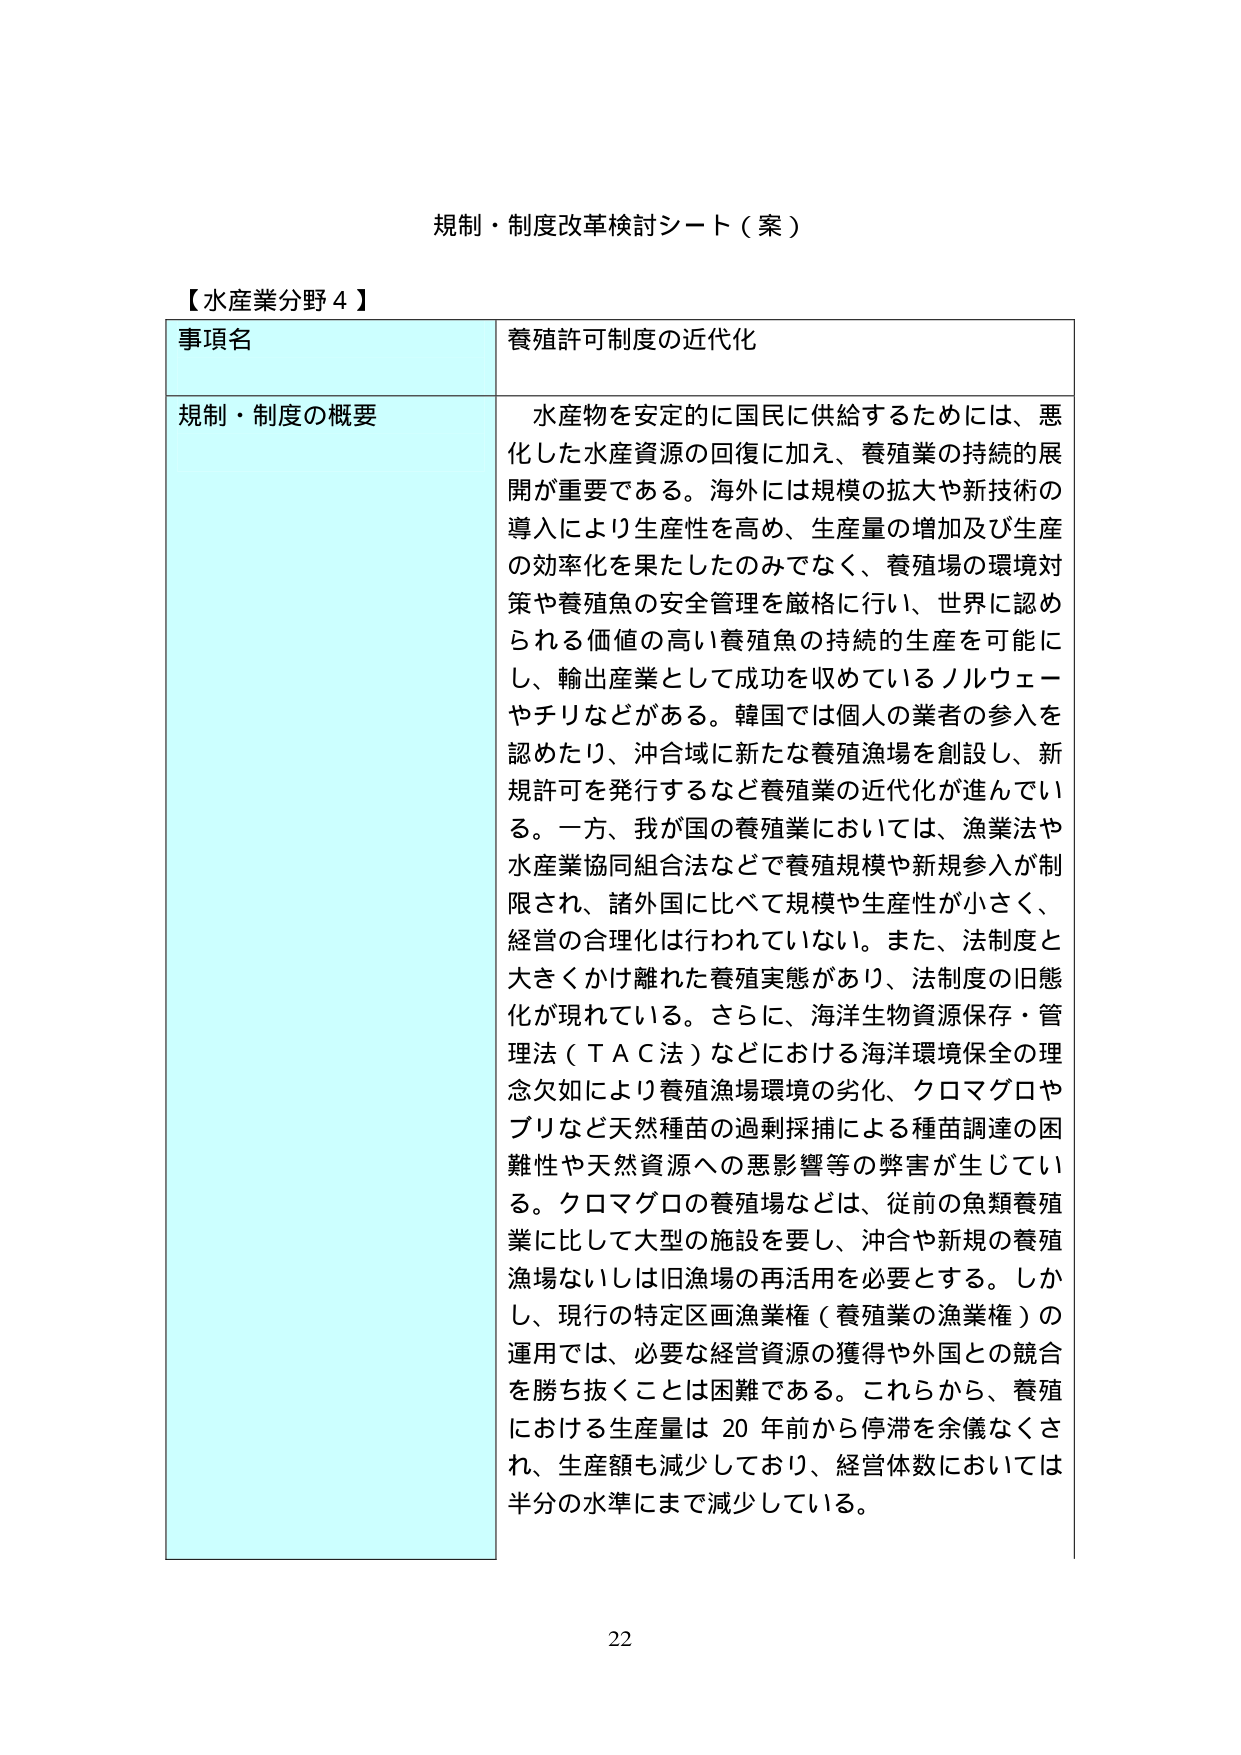
規制・制度改革検討シート（案）

【水産業分野４】

事項名 養殖許可制度の近代化

規制・制度の概要 水産物を安定的に国民に供給するためには、悪化した水産資源の回復に加え、養殖業の持続的展開が重要である。海外には規模の拡大や新技術の導入により生産性を高め、生産量の増加及び生産の効率化を果たしたのみでなく、養殖場の環境対策や養殖魚の安全管理を厳格に行い、世界に認められる価値の高い養殖魚の持続的生産を可能にし、輸出産業として成功を収めているノルウェーやチリなどがある。韓国では個人の業者の参入を認めたり、沖合域に新たな養殖漁場を創設し、新規許可を発行するなど養殖業の近代化が進んでいる。一方、我が国の養殖業においては、漁業法や水産業協同組合法などで養殖規模や新規参入が制限され、諸外国に比べて規模や生産性が小さく、経営の合理化は行われていない。また、法制度と大きくかけ離れた養殖実態があり、法制度の旧態化が現れている。さらに、海洋生物資源保存・管理法（ＴＡＣ法）などにおける海洋環境保全の理念欠如により養殖漁場環境の劣化、クロマグロやブリなど天然種苗の過剰採捕による種苗調達の困難性や天然資源への悪影響等の弊害が生じている。クロマグロの養殖場などは、従前の魚類養殖業に比して大型の施設を要し、沖合や新規の養殖漁場ないしは旧漁場の再活用を必要とする。しかし、現行の特定区画漁業権（養殖業の漁業権）の運用では、必要な経営資源の獲得や外国との競合を勝ち抜くことは困難である。これらから、養殖における生産量は20年前から停滞を余儀なくされ、生産額も減少しており、経営体数においては半分の水準にまで減少している。

22